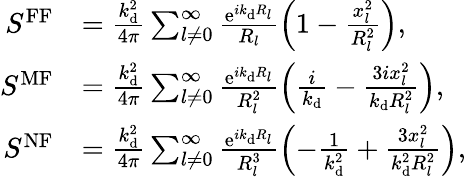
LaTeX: \begin{array}{rl}{S^{\mathrm{FF}}}&{=\frac{k_{\mathrm{d}}^{2}}{4\pi}\sum_{l\neq 0}^{\infty}\frac{\mathrm{e}^{ik_{\mathrm{d}}R_{l}}}{R_{l}}\left(1-\frac{x_{l}^{2}}{R_{l}^{2}}\right),}\\ {S^{\mathrm{MF}}}&{=\frac{k_{\mathrm{d}}^{2}}{4\pi}\sum_{l\neq 0}^{\infty}\frac{\mathrm{e}^{ik_{\mathrm{d}}R_{l}}}{R_{l}^{2}}\left(\frac{i}{k_{\mathrm{d}}}-\frac{3ix_{l}^{2}}{k_{\mathrm{d}}R_{l}^{2}}\right),}\\ {S^{\mathrm{NF}}}&{=\frac{k_{\mathrm{d}}^{2}}{4\pi}\sum_{l\neq 0}^{\infty}\frac{\mathrm{e}^{ik_{\mathrm{d}}R_{l}}}{R_{l}^{3}}\left(-\frac{1}{k_{\mathrm{d}}^{2}}+\frac{3x_{l}^{2}}{k_{\mathrm{d}}^{2}R_{l}^{2}}\right),}\end{array}